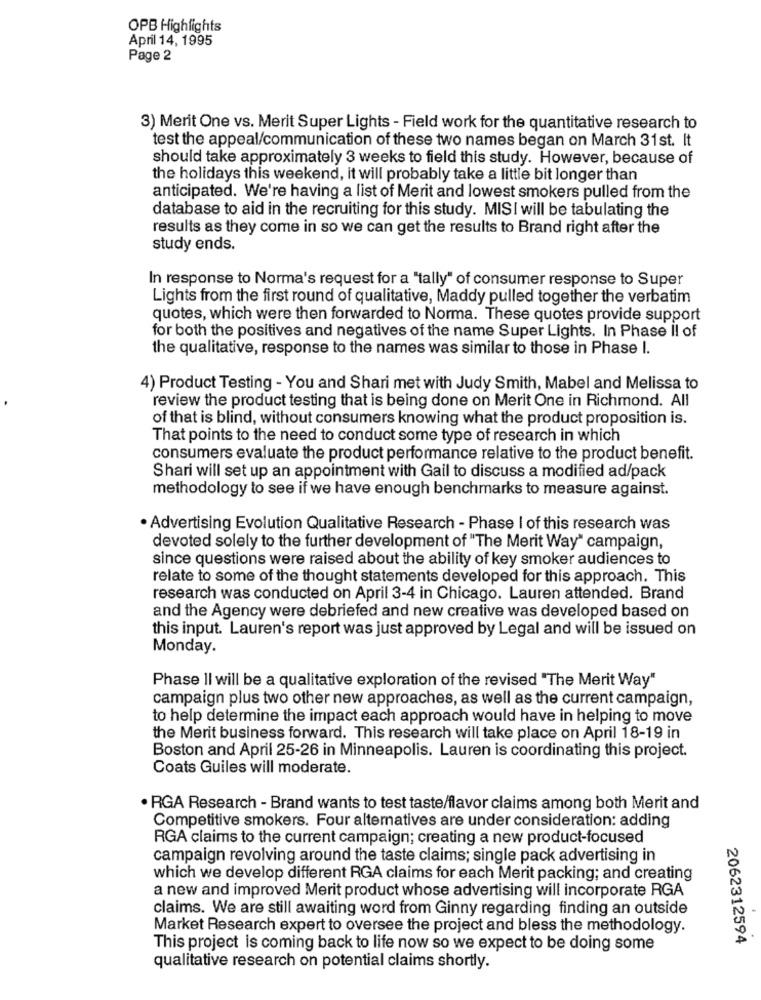
OPB Highlights
April 14, 1995
Page 2
3) Merit One vs. Merit Super Lights - Field work for the quantitative research to
test the appeal/communication of these two names began on March 31st. It
should take approximately 3 weeks to field this study. However, because of
the holidays this weekend, it will probably take a little bit longer than
anticipated. We're having a list of Merit and lowest smokers pulled from the
database to aid in the recruiting for this study. MISI will be tabulating the
results as they come in so we can get the results to Brand right after the
study ends.
In response to Norma's request for a "tally" of consumer response to Super
Lights from the first round of qualitative, Maddy pulled together the verbatim
quotes, which were then forwarded to Norma. These quotes provide support
for both the positives and negatives of the name Super Lights. In Phase Il of
the qualitative, response to the names was similar to those in Phase I.
4) Product Testing - You and Shari met with Judy Smith, Mabel and Melissa to
review the product testing that is being done on Merit One in Richmond. All
of that is blind, without consumers knowing what the product proposition is.
That points to the need to conduct some type of research in which
consumers evaluate the product performance relative to the product benefit.
Shari will set up an appointment with Gail to discuss a modified ad/pack
methodology to see if we have enough benchmarks to measure against.
· Advertising Evolution Qualitative Research - Phase I of this research was
devoted solely to the further development of "The Merit Way" campaign,
since questions were raised about the ability of key smoker audiences to
relate to some of the thought statements developed for this approach. This
research was conducted on April 3-4 in Chicago. Lauren attended. Brand
and the Agency were debriefed and new creative was developed based on
this input. Lauren's report was just approved by Legal and will be issued on
Monday.
Phase II will be a qualitative exploration of the revised "The Merit Way"
campaign plus two other new approaches, as well as the current campaign,
to help determine the impact each approach would have in helping to move
the Merit business forward. This research will take place on April 18-19 in
Boston and April 25-26 in Minneapolis. Lauren is coordinating this project.
Coats Guiles will moderate.
· RGA Research - Brand wants to test taste/flavor claims among both Merit and
Competitive smokers. Four alternatives are under consideration: adding
RGA claims to the current campaign; creating a new product-focused
campaign revolving around the taste claims; single pack advertising in
which we develop different RGA claims for each Merit packing; and creating
a new and improved Merit product whose advertising will incorporate RGA
claims. We are still awaiting word from Ginny regarding finding an outside
Market Research expert to oversee the project and bless the methodology.
2062312594
This project is coming back to life now so we expect to be doing some
qualitative research on potential claims shortly.